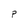
Character: P